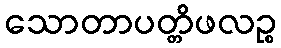
သောတာပတ္တိဖလဉ္စ